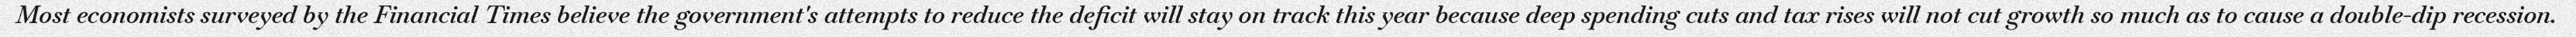
Most economists surveyed by the Financial Times believe the government's attempts to reduce the deficit will stay on track this year because deep spending cuts and tax rises will not cut growth so much as to cause a double-dip recession.